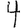
Digit: 4